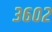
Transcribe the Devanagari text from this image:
३६०२